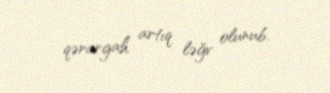
qərargah artıq ləğv olunub.